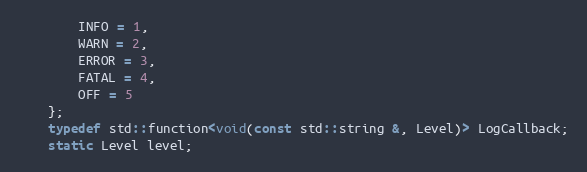
Language: C
        INFO = 1,
        WARN = 2,
        ERROR = 3,
        FATAL = 4,
        OFF = 5
    };
    typedef std::function<void(const std::string &, Level)> LogCallback;
    static Level level;